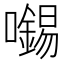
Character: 𡃶